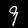
Label: 9